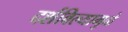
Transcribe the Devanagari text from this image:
दर्शविल्यामुळे